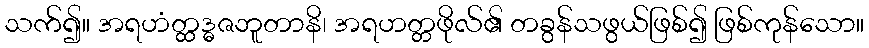
သက်၍။ အရဟံတ္ထဒ္ဓဇဘူတာနိ၊ အရဟတ္တဖိုလ်၏ တခွန်သဖွယ်ဖြစ်၍ ဖြစ်ကုန်သော။